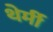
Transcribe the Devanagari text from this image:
थेर्मी